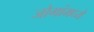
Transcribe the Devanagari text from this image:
जोगांमध्ये